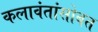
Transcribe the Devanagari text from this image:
कलावंतांसोबत